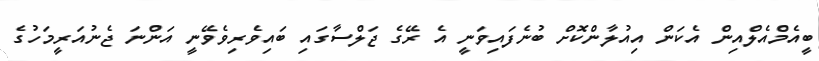
ބީއެމްއެލްއިން އެކަން އިއުލާންކޮށް ބުނެފައިވަނީ އެ ރޭގެ ޖަލްސާގައި ބައިވެރިވެވޭނީ އަންނަ ޖެނުއަރީމަހުގެ